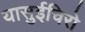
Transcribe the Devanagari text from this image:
यासुईचिरो